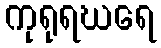
ကုရုရဃရေ